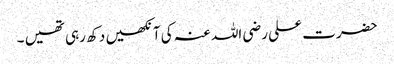
حضرت علی رضی اللہ عنہ کی آنکھیں دکھ رہی تھیں ۔